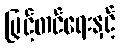
မြှင့်တင်ရေးနှင့်